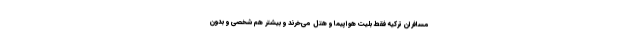
مسافران ترکیه فقط بلیت هواپیما و هتل می‌خرند و بیشتر هم شخصی و بدون